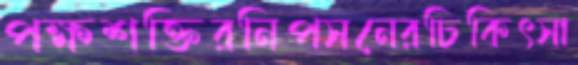
পক্ষশক্তিরনিপসনেরচিকিৎসা